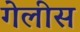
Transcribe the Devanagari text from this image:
गेलीस